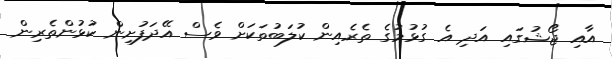
އާއި ޖޯޝުގައި އަދި އެ ގުޅުމުގެ ތެރެއިން ކުލަބުތަކަށް ވެސް އޭދަފުށިން ކުޅުންތެރިން